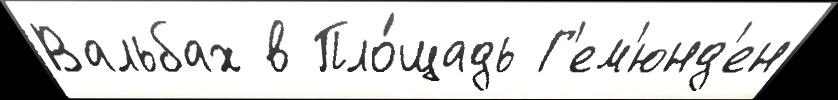
Вальбах в Пло́щадь Г'ем'юнд'ен